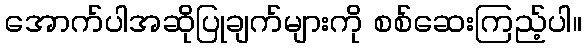
အောက်ပါအဆိုပြုချက်များကို စစ်ဆေးကြည့်ပါ။